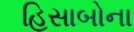
હિસાબોના